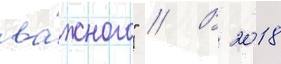
ва́жного" // В 2018